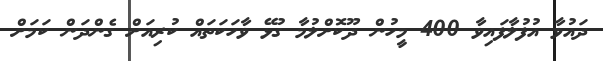
ދައުވާ އުފުލާފައިވާ 400 މީހުން ދޫކޮށްލުމާ ގުޅޭ ވާހަކަތައް ކުރިއަށް ގެންދަން ކަމަށް